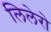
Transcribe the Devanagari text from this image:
लिलेरो